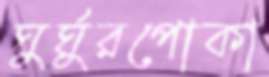
ঘুর্ঘুরপোকা